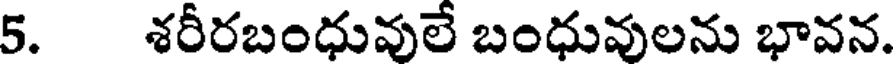
5. శరీరబంధువులే బంధువులను భావన.